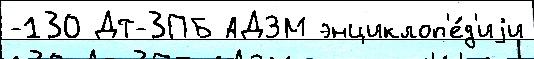
-130 ДТ-3ПБ АДЗМ энциклоп'е́д'иjи